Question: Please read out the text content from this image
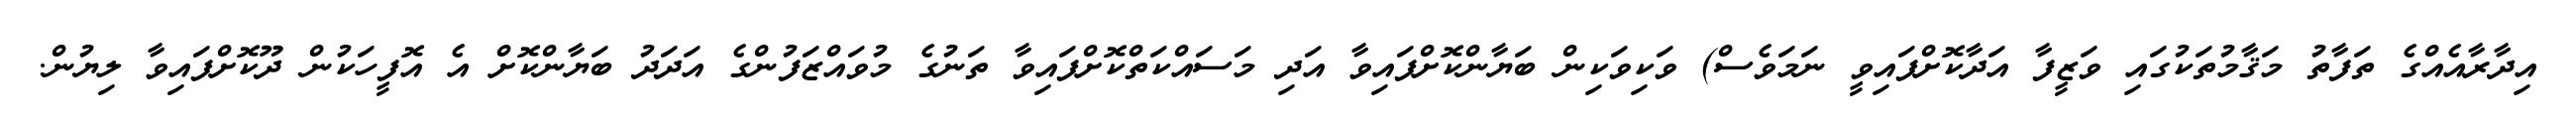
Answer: އިދާރާއެއްގެ ތަފާތު މަޤާމުތަކުގައި ވަޒީފާ އަދާކޮށްފައިވީ ނަމަވެސް) ވަކިވަކިން ބަޔާންކޮށްފައިވާ އަދި މަސައްކަތްކޮށްފައިވާ ތަނުގެ މުވައްޒަފުންގެ އަދަދު ބަޔާންކޮށް އެ އޮފީހަކުން ދޫކޮށްފައިވާ ލިޔުން.